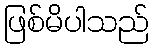
ဖြစ်မိပါသည်